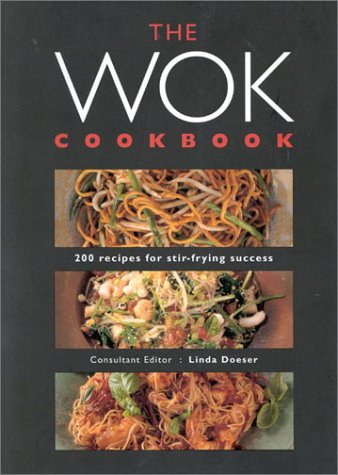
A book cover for The Wok Cookbook: 200 Recipes for Stir-Frying Success; Linda Doeser; Cookbooks, Food & Wine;